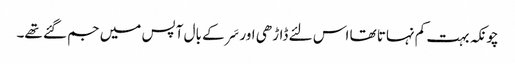
چونکہ بہت کم نہاتا تھا اس لئے ڈاڑھی اور سَر کے بال آپس میں جم گئے تھے۔